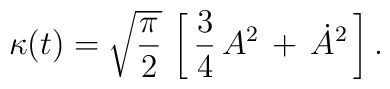
\kappa(t) = \sqrt{{\pi \over 2}}\, \left [ \,  {3\over 4}  \, A^2 \, + \, \dot{A}^2 \, \right ].